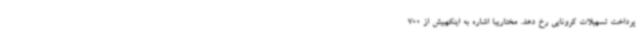
پرداخت تسهیلات کرونایی رخ دهد. مختاریبا اشاره به اینکهبیش از 700